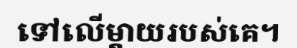
ទៅលើម្តាយរបស់គេ។